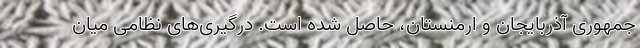
جمهوری آذربایجان و ارمنستان، حاصل شده است. درگیری‌های نظامی میان